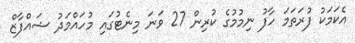
އެކަމަކު ފުރަތަމަ ހާފު ނިމުމުގެ ކުރިން 27 ވަނަ މިނެޓުގައި މުހައްމަދު ޝައްފާޒް